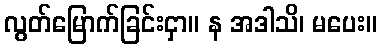
လွတ်မြောက်ခြင်းငှာ။ န အဒါသိ၊ မပေး။